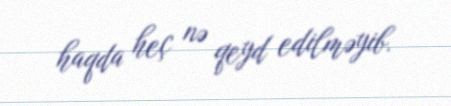
haqda heç nə qeyd edilməyib.